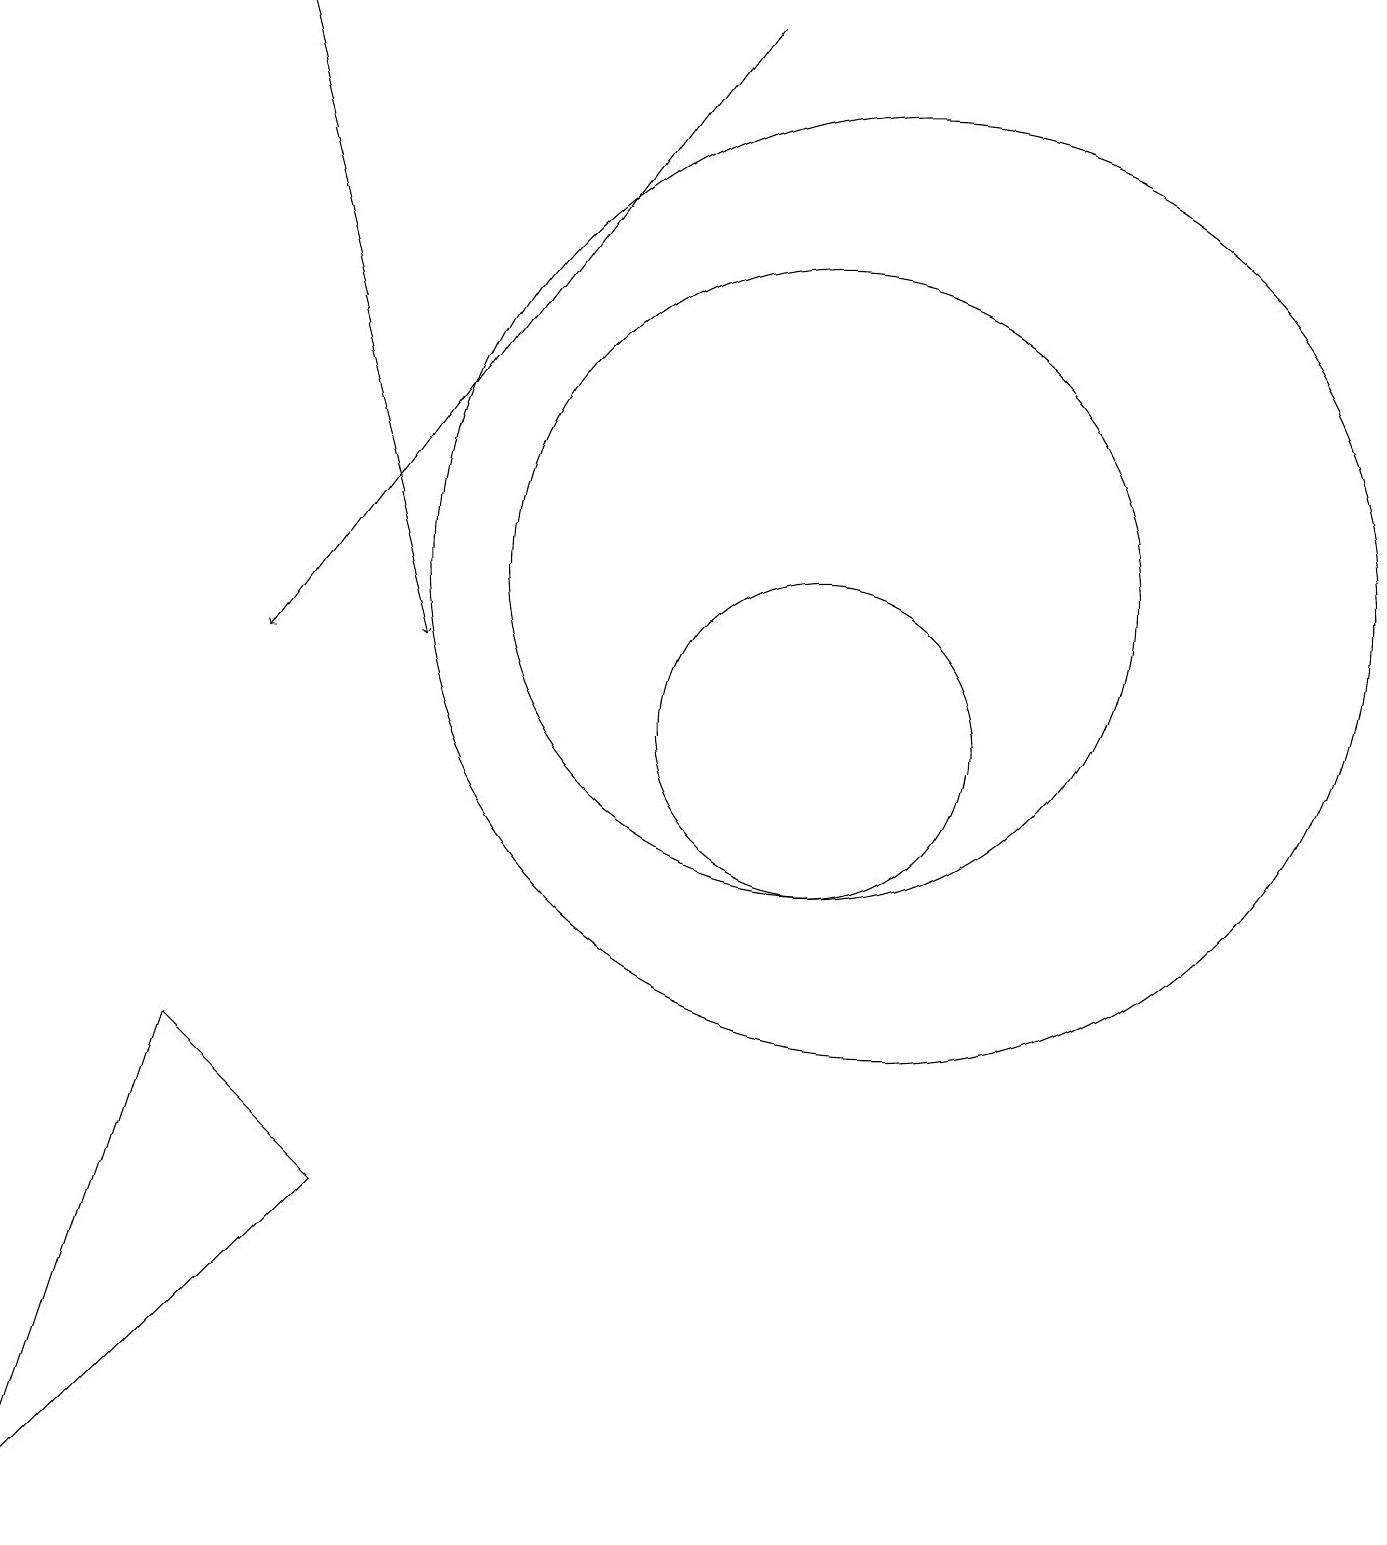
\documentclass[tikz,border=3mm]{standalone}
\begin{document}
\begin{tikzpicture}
\draw (4,4) -- (0,0) -- (2,6) -- cycle;
\draw (10,12) circle (4);
\draw (11,12) circle (6);
\draw[->] (3,19) -- (5,11);
\draw[->] (9,19) -- (3,11);
\draw (11,11) circle (0);
\draw (10,10) circle (2);
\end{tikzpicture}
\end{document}